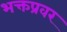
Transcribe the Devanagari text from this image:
भक्तप्रवर